Janeda_(Ambla)_vallavalitsus, lk 8
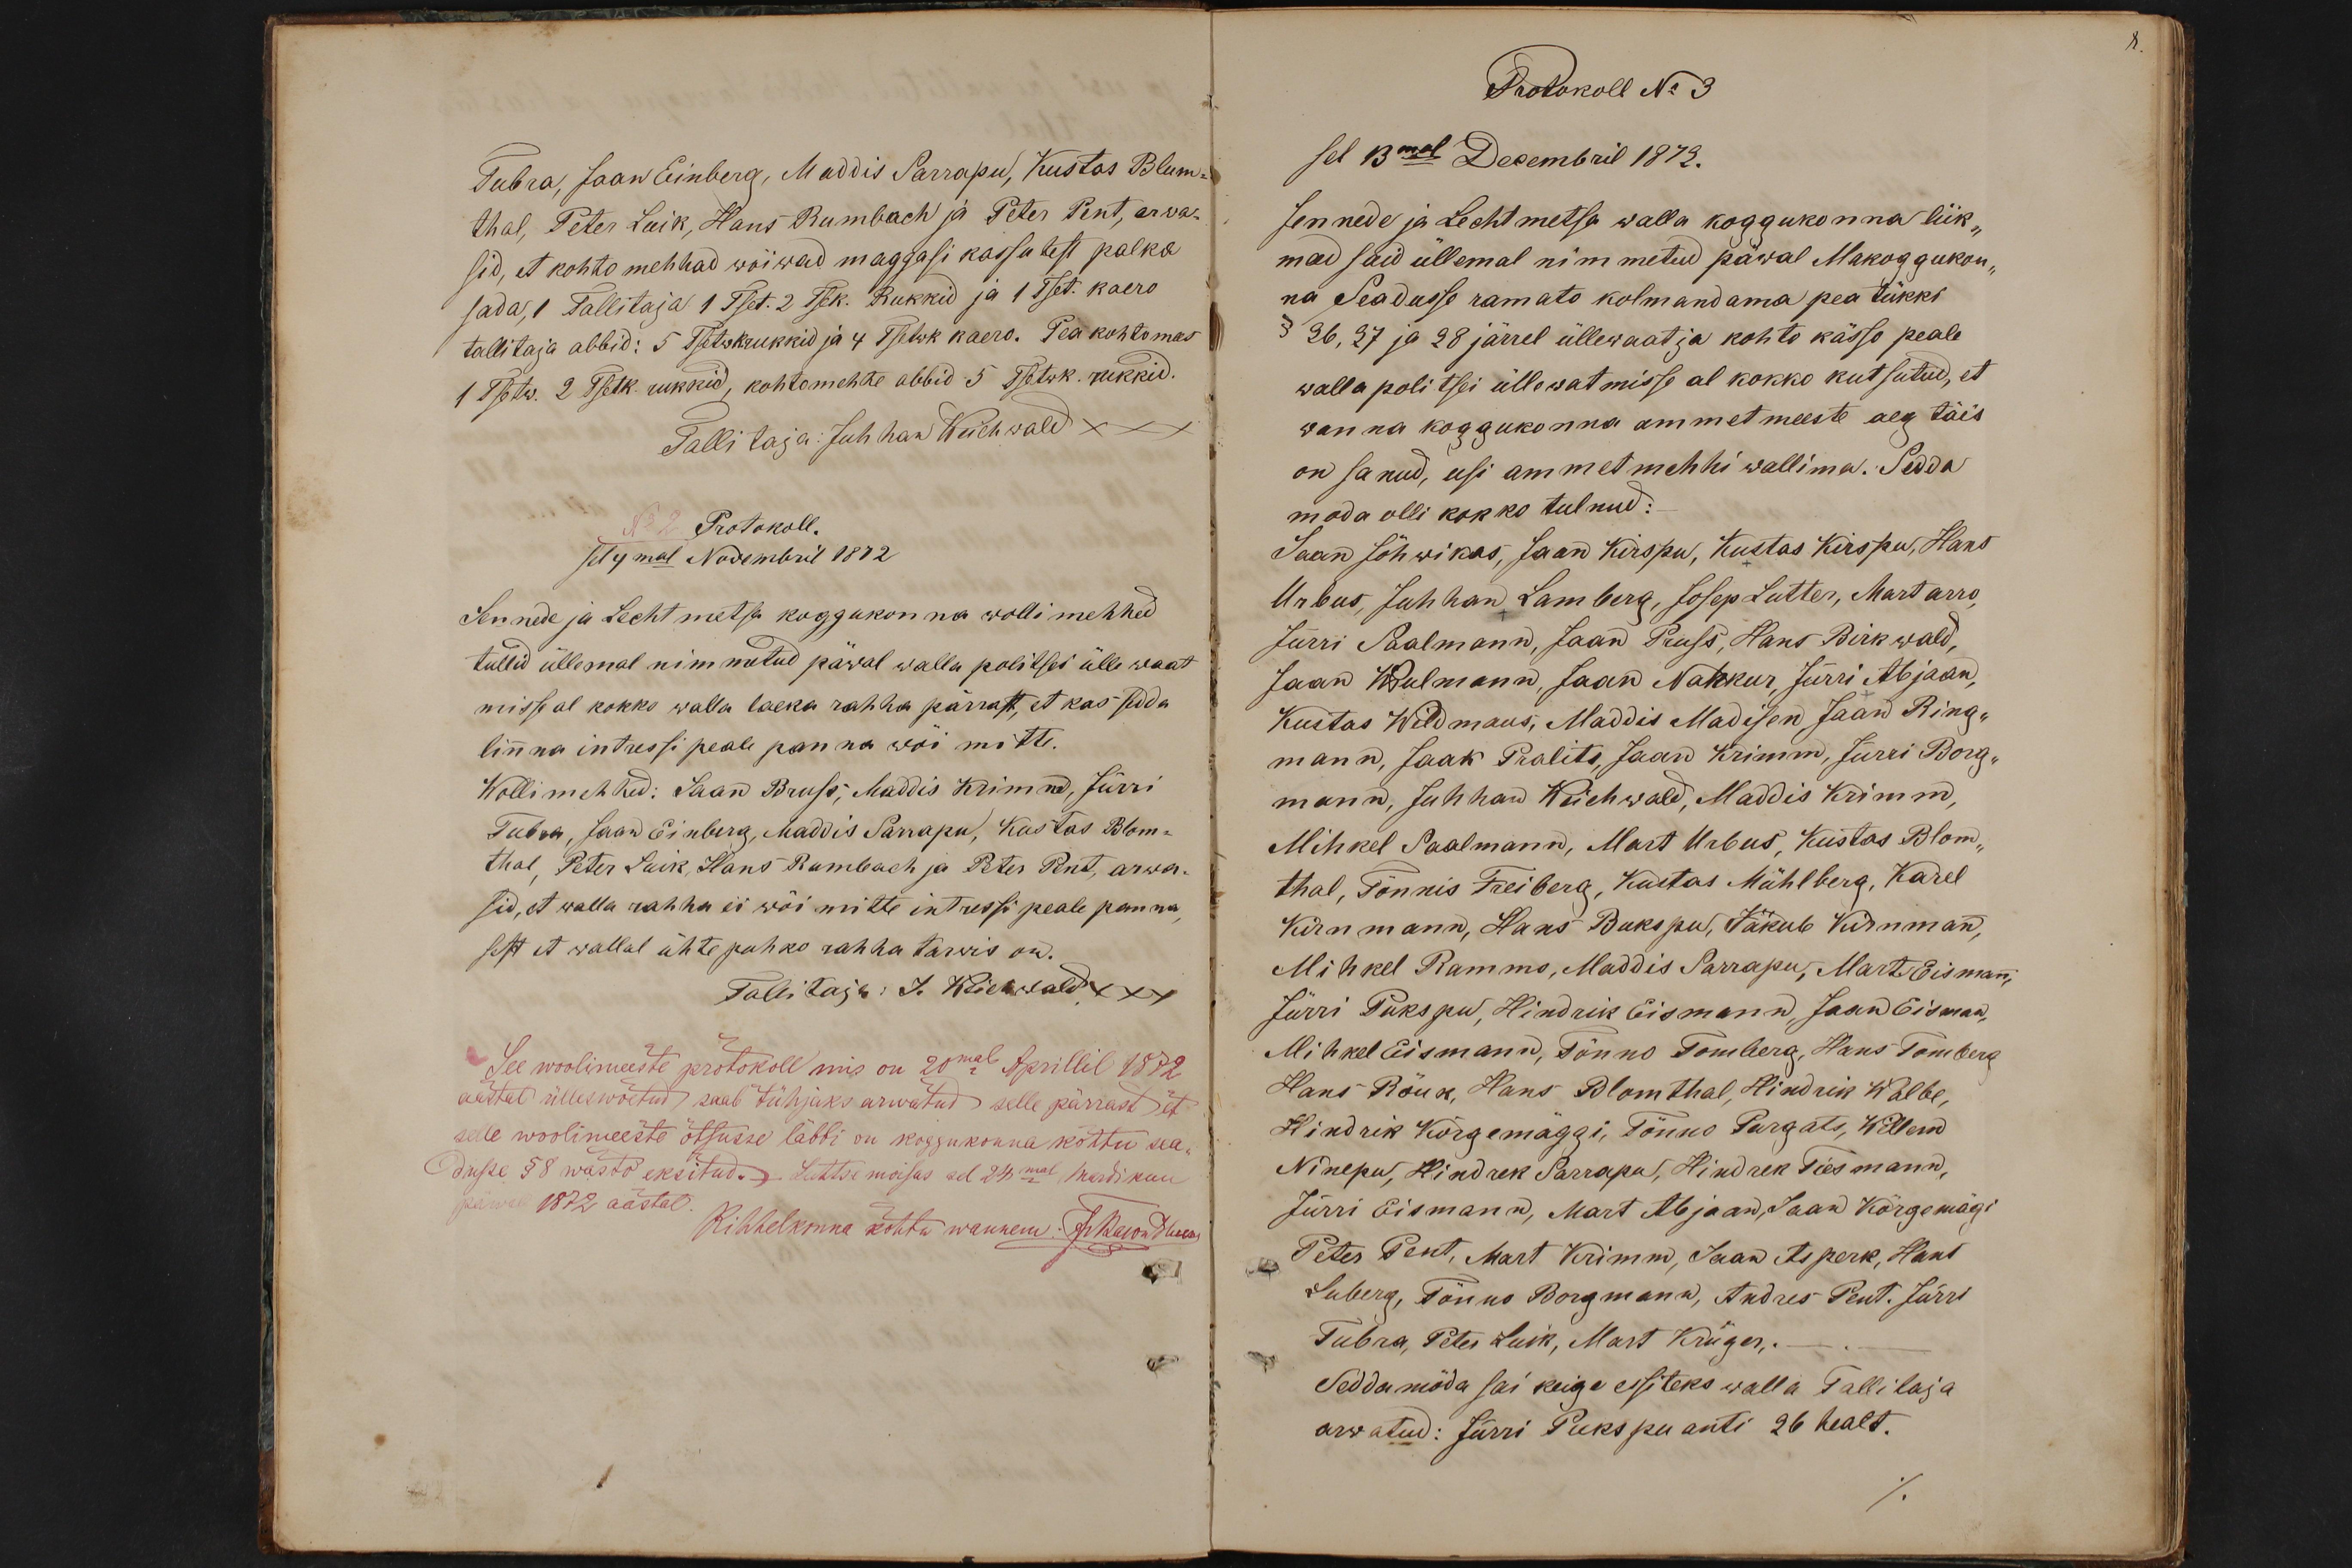
Tubra, Jaan Einberg, Maddis Sarrapu, Kustas Blum-
thal, Peter Luik, Hans Rumbach ja Peter Pent, arwas
sid, et kohto mehhad wõiwad maggasi kassutest palka
sada, 1 Tallitaja 1 Tset. 2 Tsk. Rukkid ja 1 Tset. kaero
tallitaja abbid: 5 Tsetwk.rukkid ja 4 Tsetwk kaero. Pea kohtomees
1 Tsetw. 2 Tsetk. rukkid, kohtomehhe abbid 5 Tsetwk. rukkid.
Tallitaja: Juhhan Weichwald xxx
No 2. Protokoll.
sel 4mal Novembril 1872
Jennede ja Lechtmetsa koggukonna wollimehhed
tullid üllemal nimmetud päwal walla politsei ütle waat
misse al kokko walla laeka rahha pärrast, et kas sedda
linna intressi peale panna wõi mitte.
Wollimehhed: Jaan Bruss, Maddis Krimm, Jürri
Tubra, Jaan Einberg, Maddis Sarrapu, Kustas Blom-
thal, Peter Luik, Hans Rumbach ja Peter Pent, arwa-
sid, et walla rahha ei wõi mitte intressi peale panna,
sest et wallal ühte puhko rahha tarwis on.
Tallitaja: J. Weichwald xxx
See woolimeeste protokoll mis on 20mal Aprillil 1872
aastal ülleswõetud, saab tühjaks arwatud selle pärrast et
selle woolimeeste otsusse läbbi on koggukonna kohtu sea-
dusse § 8 wasto eksitud. Lehtse moisas sel 24mal Mardikuu
päwal 1872 aastal
Kihhelkonna kohtu wannem: Fr Baron Huene

Protokoll No 3
sel 13mal Decembril 1872.
Jennede ja Lechtmetsa walla koggukonna liik-
mad said üllemal nimmetud päwal Makoggukon-
na Seadusse ramato kolmandama pea tükki
§ 26, 27 ja 28 järrel üllewaatja kohto kässo peale
walla politsei üllewatmisse al kokko kutsutud, et
wanna koggukonna ammetmeeste aeg täis
on sanud, usi ammetmehhi wallima. Sedda
moda olli kokko tulnud:
Jaan Jõhwikas, Jaan Kirspu, Kustas Kirspu, Hans
Urbus, Juhhan, Lamberg, Josep Lutter, Mart Arro,
Jürri Saalmann, Jaan Pruss, Hans Birkwald,
Jaan Pulmann, Jaan Nahkur, Jürri Abjaan,
Kustas Wildmans, Maddis Madisen, Jaan Ring-
mann, Jaak Pralits, Jaan Krimm, Jürri Borg-
mann, Juhhan Weichwald, Maddis Krimm,
Mihkel Saalmann, Mart Urbus, Kustas Blom-
thal, Tõnnis Freiberg, Kustas Mühlberg, Karel
Kirnmann, Hans Bukspu, Jäkub Kirnmann,
Mihkel Rammo, Maddis Sarrapu, Mart Eismann,
Jürri Pukspu, Hindrik Eismann, Jaan Eismann,
Mihkel Eismann, Tõnno Tomberg, Hans Tomberg
Hans Rõuk, Hans Blomthal, Hindrik Wälbe,
Hindrik Kõrgemäggi, Tõnno Purgats, Willem
Ninepu, Hindrek Sarrapu, Hindrek Tiesmann,
Jürri Eismann, Mart Abjaan, Jaan Kõrgemägi
Peter Pent, Mart Krimm, Jaan Asperk, Hans
Luberg, Tõnno Borgmann, Andres Pent. Jürri
Tubra, Peter Luik, Mart Küger, .
Seddamöda sai keige essiteks walla Tallitaja
arwatud: Jürri Pukspu anti 26 healt.